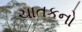
ચાતકનો